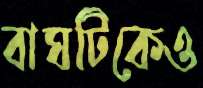
বাঘটিকেও